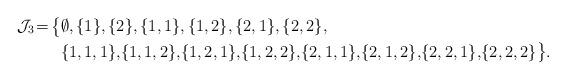
LaTeX: \begin{align*}\mathcal{J}_3 \! = \! \bigl\{&\emptyset, \{1\}, \{2\}, \{1,1\}, \{1,2\}, \{2,1\}, \{2,2\}, \\&\{1,1,1\},\! \{1,1,2\},\!\{1,2,1\},\!\{1,2,2\},\!\{2,1,1\},\!\{2,1,2\},\!\{2,2,1\},\!\{2,2,2\}\bigr\}.\end{align*}